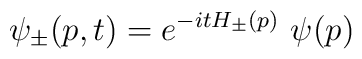
\psi_\pm (p,t)=e^{-itH_\pm (p)}\ \psi (p)